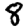
Digit: 8